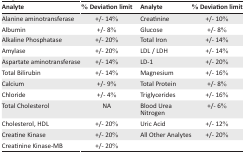
| Analyte | % Deviation limit | Analyte | % Deviation limit |
 | --- | --- | --- | --- |
 | Alanine aminotransferase | +/− 14% | Creatinine | +/− 10% |
 | Albumin | +/− 8% | Glucose | +/− 8% |
 | Alkaline Phosphatase | +/− 20% | Total Iron | +/− 14% |
 | Amylase | +/− 20% | LDL / LDH | +/− 14% |
 | Aspartate aminotransferase | +/− 14% | LD-1 | +/− 20% |
 | Total Bilirubin | +/− 14% | Magnesium | +/− 16% |
 | Calcium | +/− 9% | Total Protein | +/− 8% |
 | Chloride | +/− 4% | Triglycerides | +/− 16% |
 | Total Cholesterol | NA | Blood Urea Nitrogen | +/− 6% |
 | Cholesterol, HDL | +/− 20% | Uric Acid | +/− 12% |
 | Creatine Kinase | +/− 20% | All Other Analytes | +/− 20% |
 | Creatinine Kinase-MB | +/− 20% |  |  |